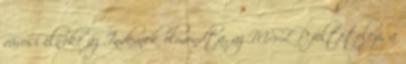
városi elnöke az Indexnek elmondta, az MSZP feltételezi, a